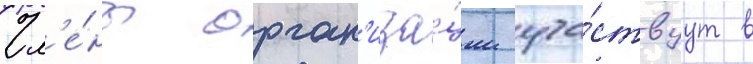
Чл'е́ны орган'иза́ции уча́ствуут в